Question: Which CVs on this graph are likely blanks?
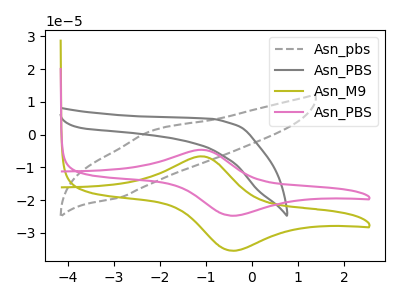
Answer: <think>The gray dashed curve "Asn_pbs" has an anodic peak at (-2.15V, 1.20uA) and a cathodic peak at (-2.85V, -19.15uA). The gray curve "Asn_PBS" has no peaks. The olive curve "Asn_M9" has an anodic peak at (-1.10V, -6.65uA) and a cathodic peak at (-0.45V, -35.40uA). The pink curve "Asn_PBS" has an anodic peak at (-1.10V, -4.65uA) and a cathodic peak at (-0.45V, -24.75uA).</think>
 <answer>"Asn_PBS" is likely to be a blank.</answer>
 <eval>Asn_PBS</eval>